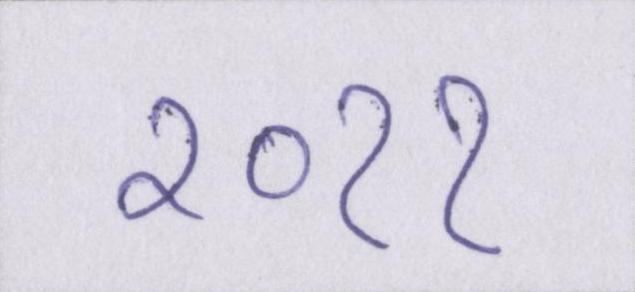
२०११